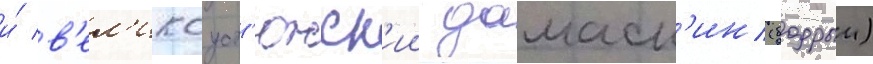
и́ в'ел'икоуст'южск'ии дамаск'ин (бодрыи)